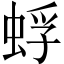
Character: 蜉